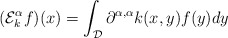
\begin{align*}(\mathcal{E}_k^{\alpha}f)(x) = \int_{\mathcal{D}} \partial^{\alpha,\alpha}k(x,y)f(y)dy\end{align*}